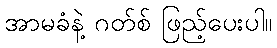
အာမခံနဲ့ ဂတ်စ် ဖြည့်ပေးပါ။